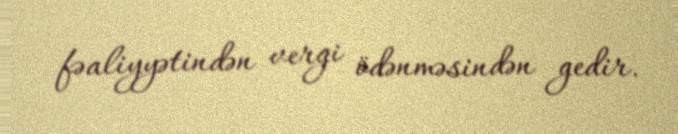
fəaliyyətindən vergi ödənməsindən gedir.